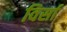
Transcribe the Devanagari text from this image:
विर्सा